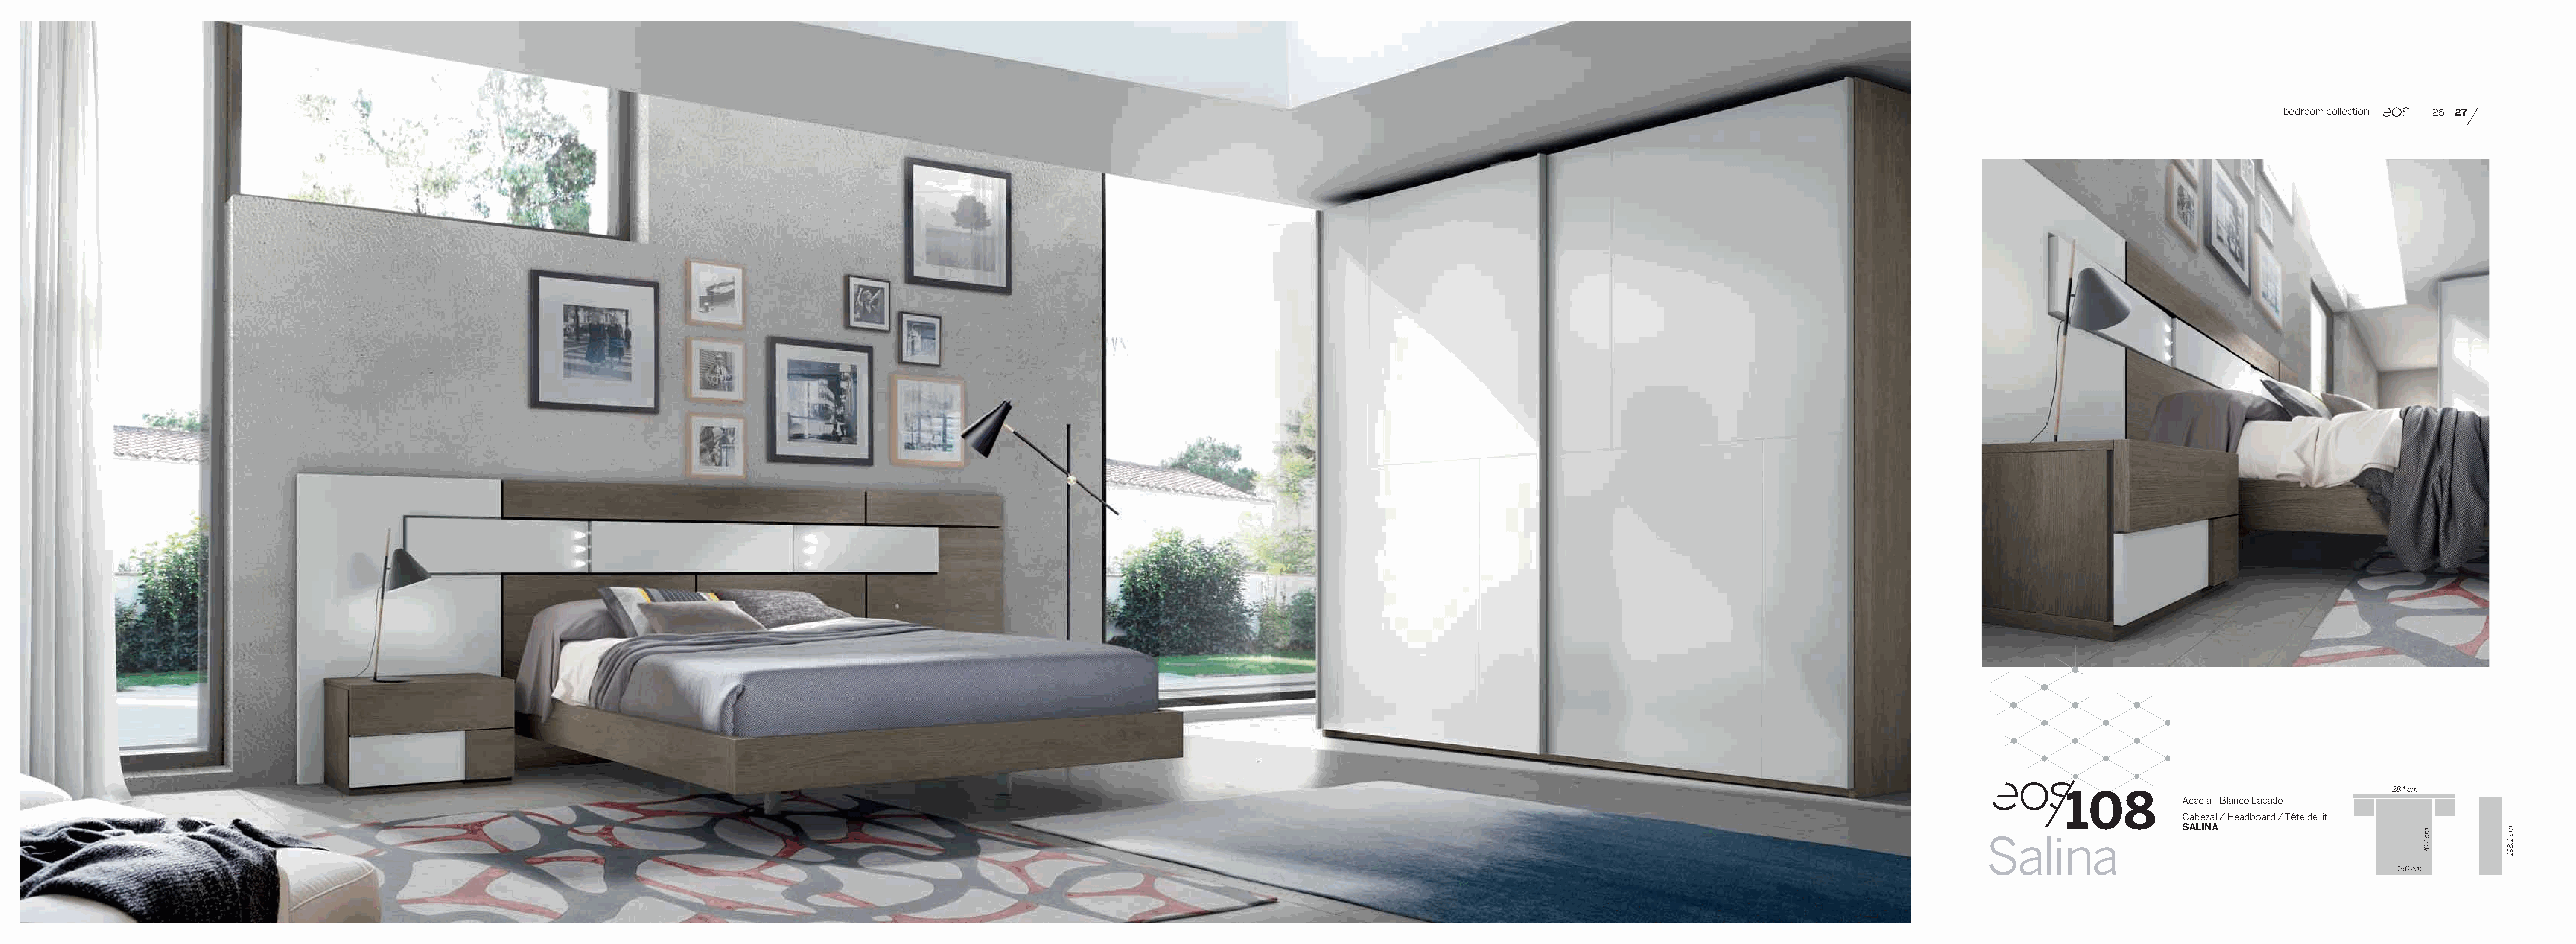
bedroom collection  26 27
 108                                       284 cm
 Acacia - Blanco Lacado
 Cabezal / Headboard / Tête de lit
 SALINA
 Salina
 160 cm
 mc
 702
 mc
 1,891